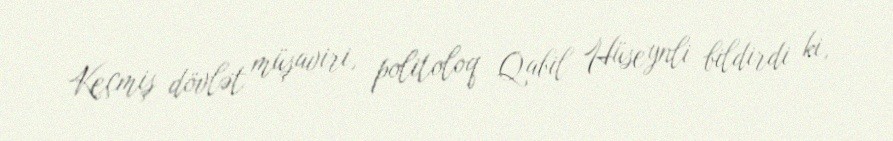
Keçmiş dövlət müşaviri, politoloq Qabil Hüseynli bildirdi ki,